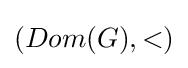
(Dom(G),<)